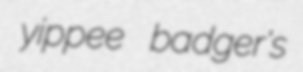
yippee badger's